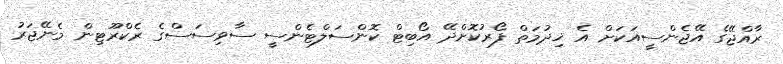
ރާއްޖޭގެ އޭޖެންސީއަކަށް އެ ޚިދުމަތް ފޯރުކޮށްދޭ އޯބިޓް ކޮންސަލްޓެންސީ ސާވިސަސްގެ ރެކްރޫޓިން މެނޭޖަރު